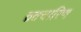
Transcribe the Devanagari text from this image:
व्रतचारिणः